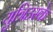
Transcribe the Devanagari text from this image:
युत्रिउस्के